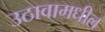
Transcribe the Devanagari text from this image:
उठावामधील